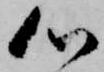
心